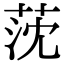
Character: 莐